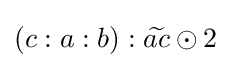
(c:a:b):{\widetilde {ac}}\odot 2